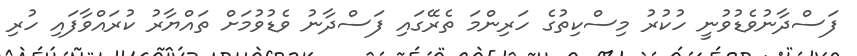
ފަސްދާނުވެޑުވުނީ ހުކުރު މިސްކިތުގެ ހަރިންމަ ތެރޭގައި ފަސްދާނު ވެޑުވުމަށް ތައްޔާރު ކުރައްވާފައި ހުރި